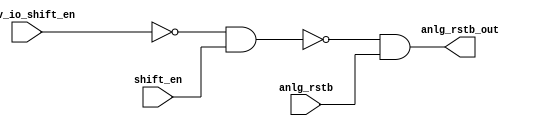
// This program was cloned from: https://github.com/chipsalliance/aib-phy-hardware
// License: Apache License 2.0

// SPDX-License-Identifier: Apache-2.0
// Copyright (C) 2019 Intel Corporation. 
// Library - aibcr3_lib, Cell - aibcr3_red_custom_dig, View - schematic
// LAST TIME SAVED: Sep  5 22:36:48 2016
// NETLIST TIME: Sep  8 13:11:45 2016
`timescale 1ns / 1ns 

module aibcr3_red_custom_dig ( anlg_rstb_out, anlg_rstb,
     prev_io_shift_en, shift_en );

output  anlg_rstb_out;

input  anlg_rstb, prev_io_shift_en, shift_en;

wire anlg_rst_nd_out;
wire io_disable_b;

assign anlg_rstb_out = !anlg_rst_nd_out;
assign prev_io_shenb = !prev_io_shift_en;
assign anlg_rst_nd_out = !(io_disable_b & anlg_rstb);
assign io_disable_b = !(prev_io_shenb & shift_en);


endmodule